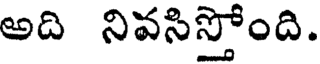
అది నివసిస్తోంది.